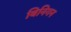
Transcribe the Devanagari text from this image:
बिनिगन